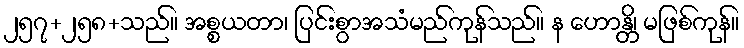
၂၅၇+၂၅၈+သည်။ အစ္စယတာ၊ ပြင်းစွာအသံမည်ကုန်သည်။ န ဟောန္တိ၊ မဖြစ်ကုန်။